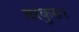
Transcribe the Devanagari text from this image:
मरकुस।